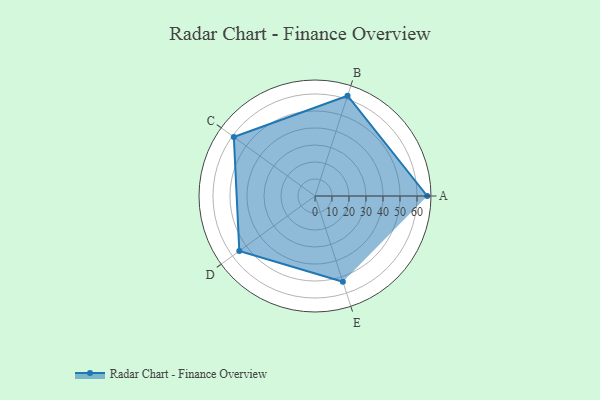
{"axis": {"x": "Skill", "y": "Score"}, "legend": ["Profile"], "data": [{"x": "A", "y": 66.0, "type": "Profile"}, {"x": "B", "y": 62.0, "type": "Profile"}, {"x": "C", "y": 59.0, "type": "Profile"}, {"x": "D", "y": 55.0, "type": "Profile"}, {"x": "E", "y": 53.0, "type": "Profile"}]}